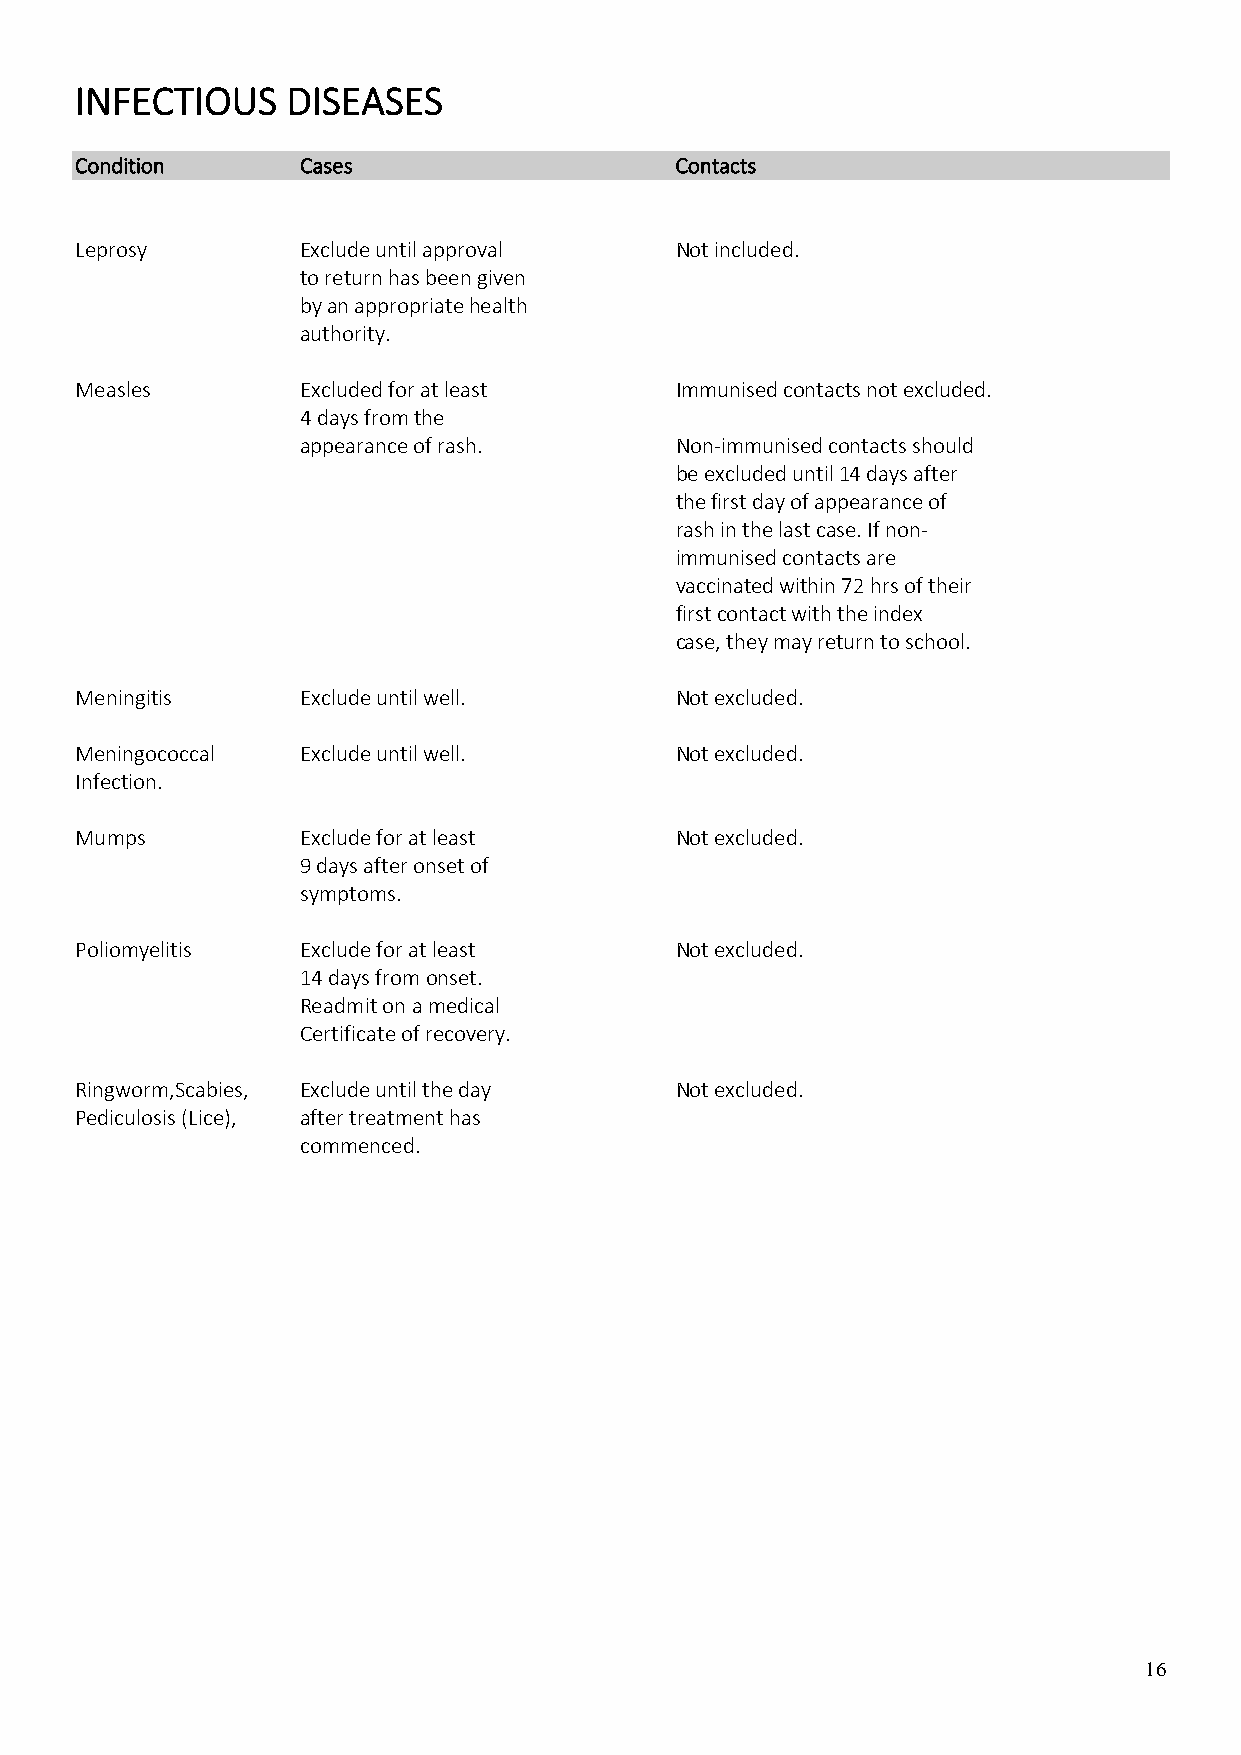
INFECTIOUS    DISEASES
 Condition      Cases                    Contacts
 Leprosy        Exclude until approval   Not included.
 to return has been given
 by an appropriate health
 authority.
 Measles        Excluded for at least    Immunised contacts not excluded.
 4 days from the
 appearance of rash.      Non-immunised contacts should
 be excluded until 14 days after
 the first day of appearance of
 rash in the last case. If non-
 immunised contacts are
 vaccinated within 72 hrs of their
 first contact with the index
 case, they may return to school.
 Meningitis     Exclude until well.      Not excluded.
 Meningococcal  Exclude until well.      Not excluded.
 Infection.
 Mumps          Exclude for at least     Not excluded.
 9 days after onset of
 symptoms.
 Poliomyelitis  Exclude for at least     Not excluded.
 14 days from onset.
 Readmit on a medical
 Certificate of recovery.
 Ringworm,Scabies, Exclude until the day Not excluded.
 Pediculosis (Lice), after treatment has
 commenced.
 16